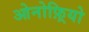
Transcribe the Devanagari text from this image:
ओनोफ़्रियो